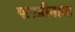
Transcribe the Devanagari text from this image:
फरडीनान्ड